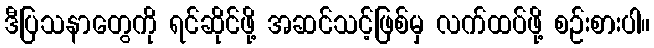
ဒီပြသနာတွေကို ရင်ဆိုင်ဖို့ အဆင်သင့်ဖြစ်မှ လက်ထပ်ဖို့ စဉ်းစားပါ။